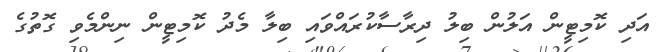
އަދި ކޮމިޓީން އަލުން ބިލު ދިރާސާކުރައްވައި ބިލާ މެދު ކޮމިޓީން ނިންމެވި ގޮތުގެ